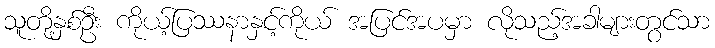
သူတို့နှစ်ဦး ကိုယ့်ပြဿနာနှင့်ကိုယ် အပြင်အပမှာ လိုသည့်အခါများတွင်သာ